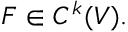
F \in C ^ { k } ( V ) .